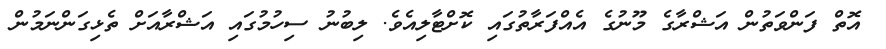
އޮތް ފަންވަތުން އަޝްރާގެ މޫނުގެ އެއްފަރާތުގައި ކޮށްޓާލިއެވެ. ލިބުނު ސިހުމުގައި އަޝްރާއަށް ތެޅިގަންނަމުން